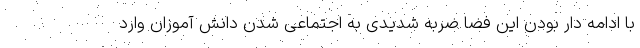
با ادامه دار بودن این فضا ضربه شدیدی به اجتماعی شدن دانش آموزان وارد